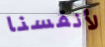
لأنفسنا